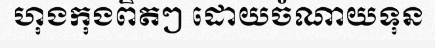
ហុងកុងពិតៗ ដោយចំណាយទុន